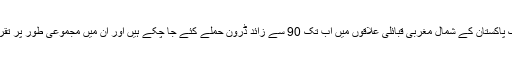
اگست 2008ء سے اب تک پاکستان کے شمال مغربی قبائلی علاقوں میں اب تک 90 سے زائد ڈرون حملے کئے جا چکے ہیں اور ان میں مجموعی طور پر تقریبا 830 افراد ہلاک ہوئے۔